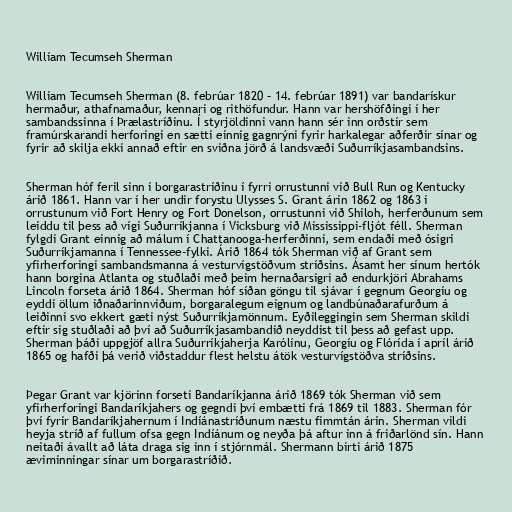
William Tecumseh Sherman

William Tecumseh Sherman (8. febrúar 1820 – 14. febrúar 1891) var bandarískur
hermaður, athafnamaður, kennari og rithöfundur. Hann var hershöfðingi í her
sambandssinna í Þrælastríðinu. Í styrjöldinni vann hann sér inn orðstír sem
framúrskarandi herforingi en sætti einnig gagnrýni fyrir harkalegar aðferðir sínar og
fyrir að skilja ekki annað eftir en sviðna jörð á landsvæði Suðurríkjasambandsins.

Sherman hóf feril sinn í borgarastríðinu í fyrri orrustunni við Bull Run og Kentucky
árið 1861. Hann var í her undir forystu Ulysses S. Grant árin 1862 og 1863 í
orrustunum við Fort Henry og Fort Donelson, orrustunni við Shiloh, herferðunum sem
leiddu til þess að vígi Suðurríkjanna í Vicksburg við Mississippi-fljót féll. Sherman
fylgdi Grant einnig að málum í Chattanooga-herferðinni, sem endaði með ósigri
Suðurríkjamanna í Tennessee-fylki. Árið 1864 tók Sherman við af Grant sem
yfirherforingi sambandsmanna á vesturvígstöðvum stríðsins. Ásamt her sínum hertók
hann borgina Atlanta og stuðlaði með þeim hernaðarsigri að endurkjöri Abrahams
Lincoln forseta árið 1864. Sherman hóf síðan göngu til sjávar í gegnum Georgíu og
eyddi öllum iðnaðarinnviðum, borgaralegum eignum og landbúnaðarafurðum á
leiðinni svo ekkert gæti nýst Suðurríkjamönnum. Eyðileggingin sem Sherman skildi
eftir sig stuðlaði að því að Suðurríkjasambandið neyddist til þess að gefast upp.
Sherman þáði uppgjöf allra Suðurríkjaherja Karólínu, Georgíu og Flórída í apríl árið
1865 og hafði þá verið viðstaddur flest helstu átök vesturvígstöðva stríðsins.

Þegar Grant var kjörinn forseti Bandaríkjanna árið 1869 tók Sherman við sem
yfirherforingi Bandaríkjahers og gegndi því embætti frá 1869 til 1883. Sherman fór
því fyrir Bandaríkjahernum í Indíánastríðunum næstu fimmtán árin. Sherman vildi
heyja stríð af fullum ofsa gegn Indíánum og neyða þá aftur inn á friðarlönd sín. Hann
neitaði ávallt að láta draga sig inn í stjórnmál. Shermann birti árið 1875
æviminningar sínar um borgarastríðið.